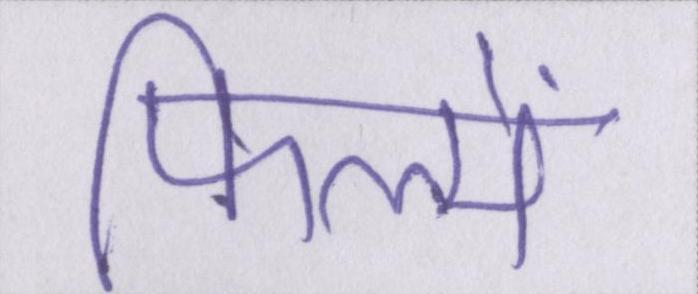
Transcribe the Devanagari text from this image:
फिल्में